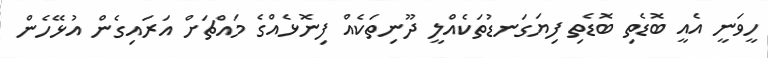
ހީވަނީ އެއީ ބޮޑެތި ބޮޑެތި ފިޔަގަނޑުތަކެއްލީ ދޫނިތަކެއް ފިނޮޅެއްގެ މައްޗަށް އަރައިގެން އުޅޭހެން